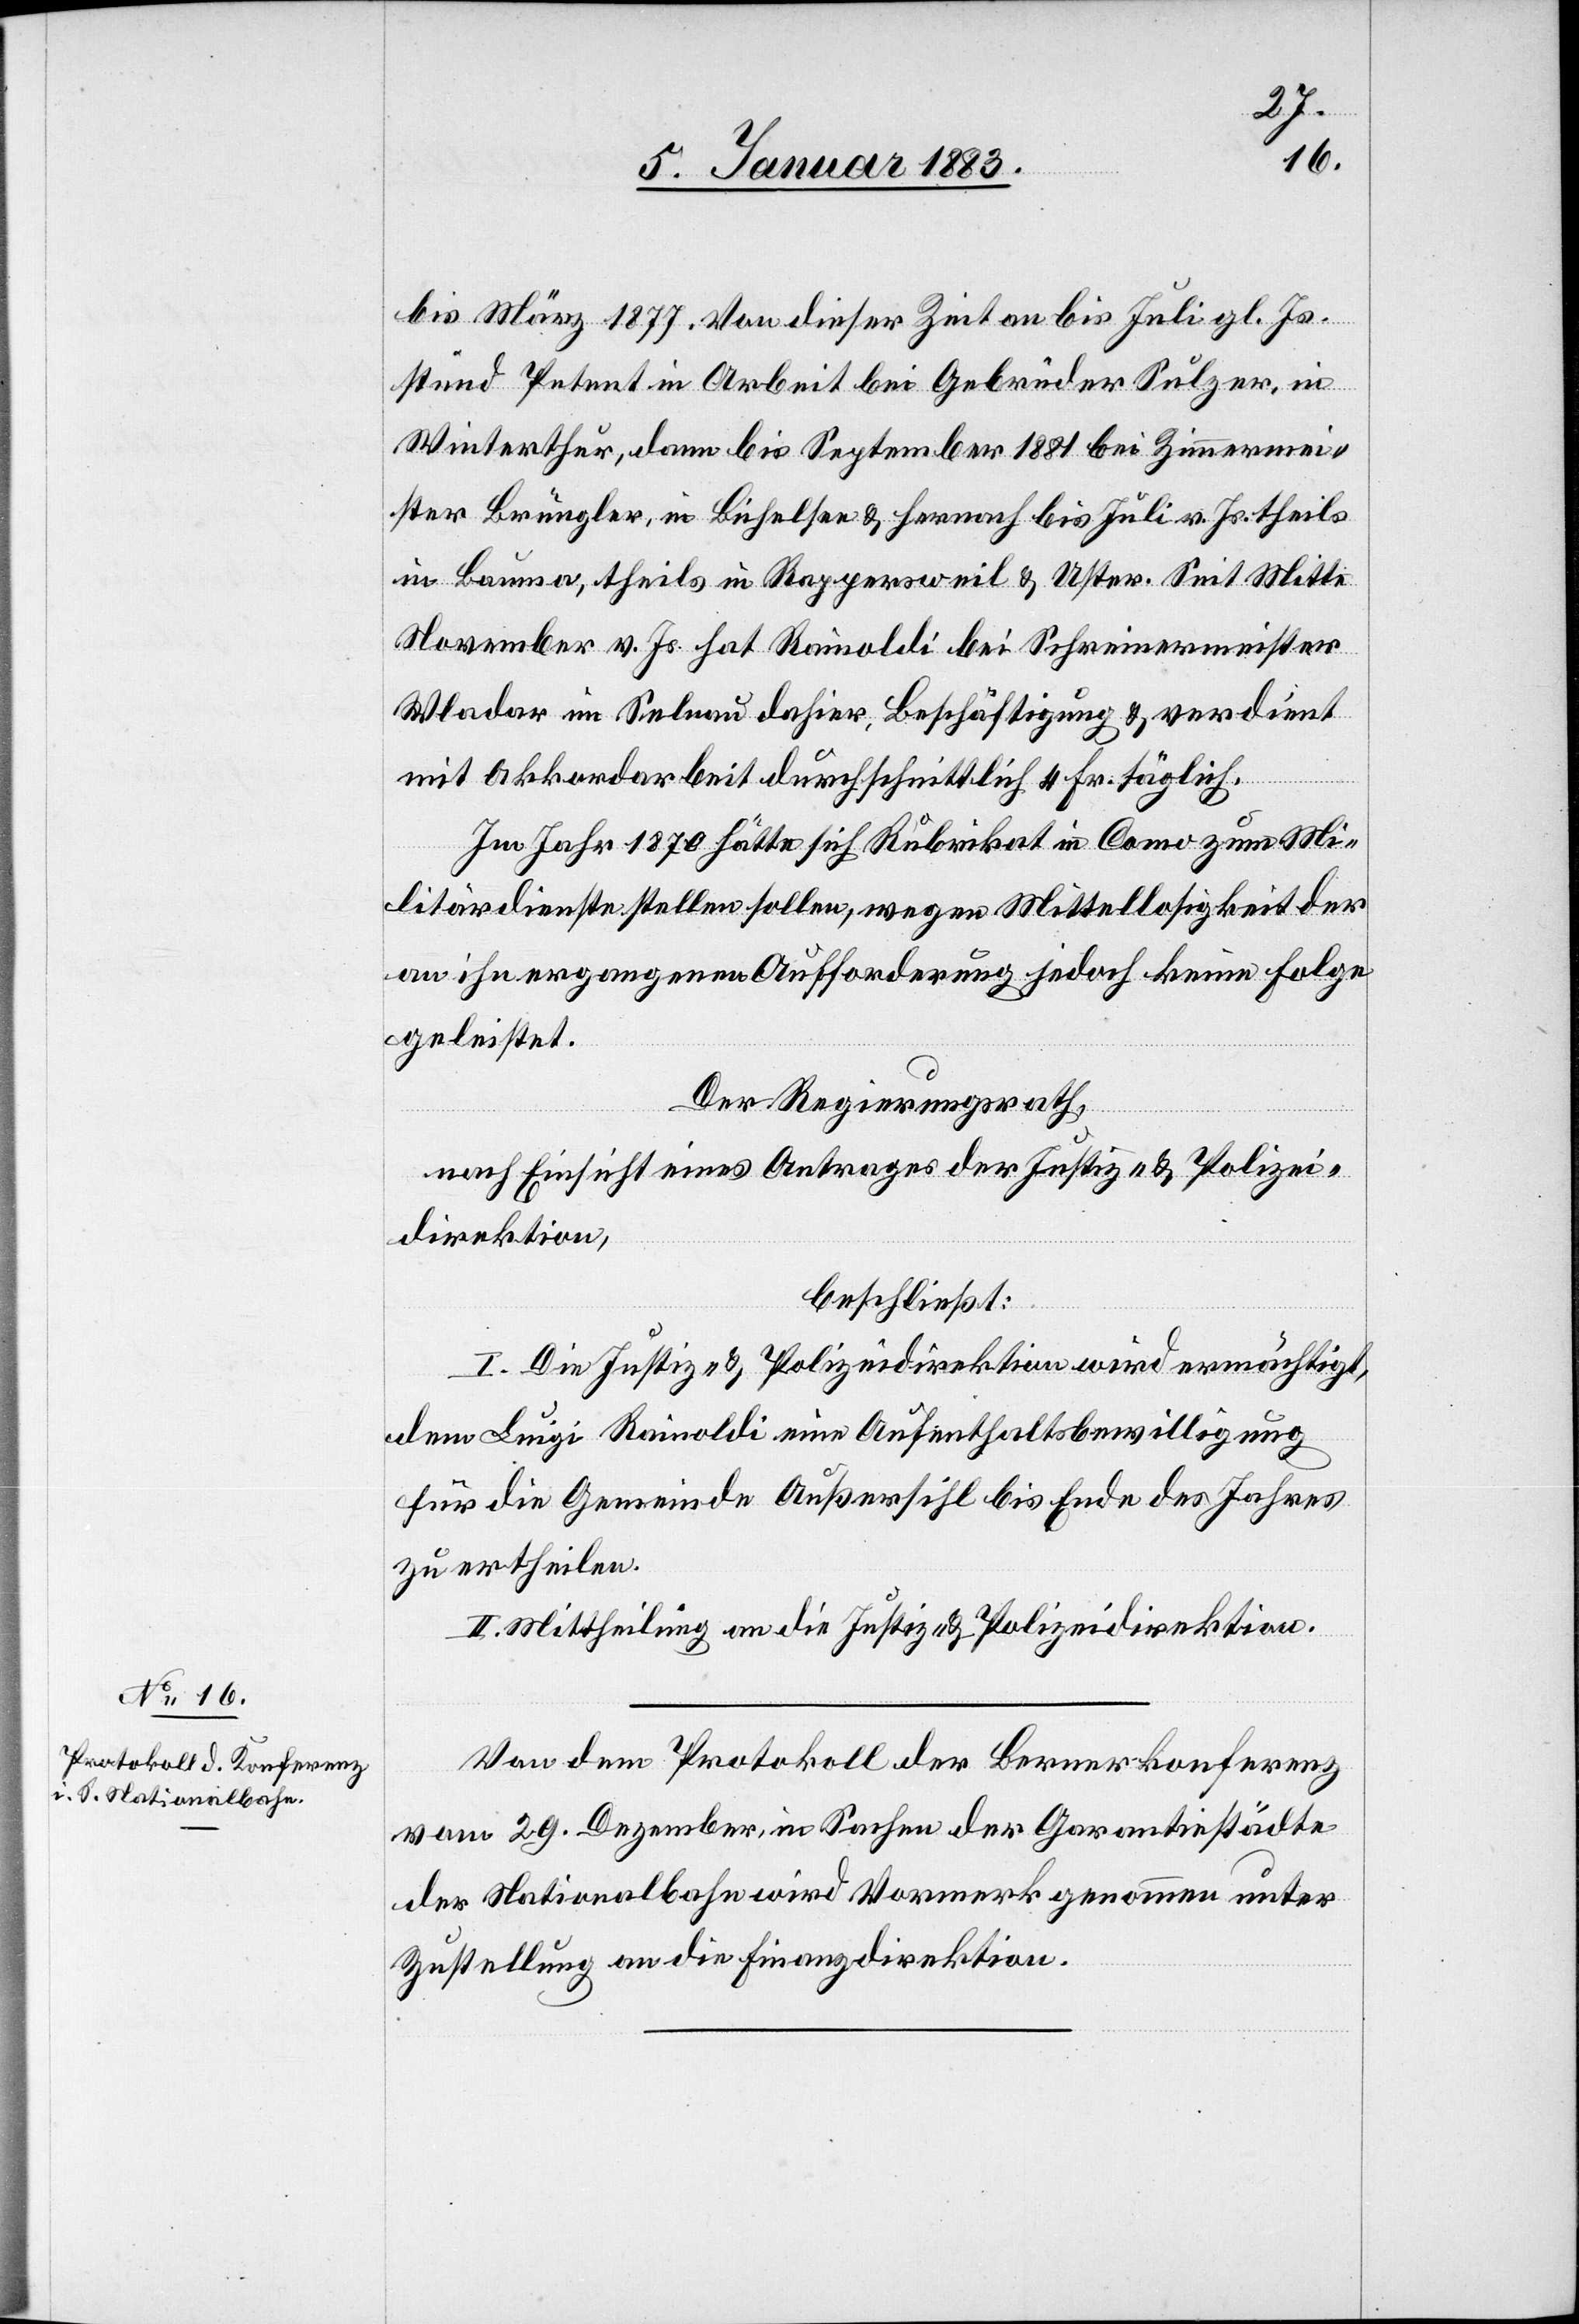
bis März 1877. Von dieser Zeit an bis Juli gl. Js.
stund Petent in Arbeit bei Gebrüder Sulzer, in
Winterthur, dann bis September 1881 bei Zimmermei¬
ster Brüngler in Bichelsee & hernach bis Juli v. Js. theils
in Bauma, theils in Rappersweil & Uster. Seit Mitte
November v. Js. hat Rainoldi bei Schreinermeister
Wladar im Selnau dahier, Beschäftigung & verdient
mit Akkordarbeit durchschnittlich 4 Fr. täglich.
Im Jahr 1870 hätte sich Rubrikat in Como zum Mi¬
litärdienste melden sollen, wegen Mittellosigkeit der
an ihn ergangenen Aufforderung jedoch keine Folge
geleistet.
Der Regierungsrath,
nach Einsicht eines Antrages der Justiz- & Polizei¬
direktion,
beschließt:
I. Die Justiz- & Polizeidirektion wird ermächtigt,
dem Luigi Rainoldi eine Aufenthaltsbewilligung
für die Gemeinde Außersihl bis Ende des Jahres
zu ertheilen.
II. Mittheilung an die Justiz- & Polizeidirektion.
Von dem Protokoll der Bernerkonferenz
vom 29. Dezember, in Sachen der Garantiestädte
der Nationalbahn wird Vormerk genommen unter
Zustellung an die Finanzdirektion.